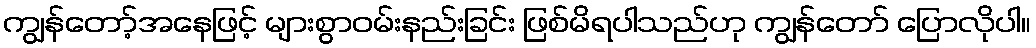
ကျွန်တော့်အနေဖြင့် များစွာဝမ်းနည်းခြင်း ဖြစ်မိရပါသည်ဟု ကျွန်တော် ပြောလိုပါ။